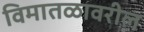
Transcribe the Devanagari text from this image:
विमातळावरील